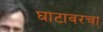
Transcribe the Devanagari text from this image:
घाटावरचा